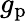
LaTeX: g_{\mathrm{p}}